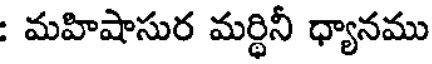
: మహిషాసుర మర్థినీ ధ్యానము